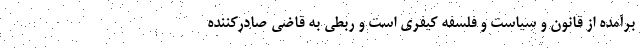
برآمده از قانون و سیاست و فلسفه کیفری است و ربطی به قاضی صادرکننده